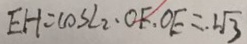
E H = \cos L 2 \cdot O F . O E = 2 \sqrt { 3 }